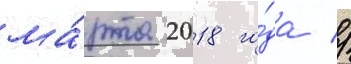
ма́рта 2018 го́да //